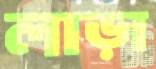
লাড়া